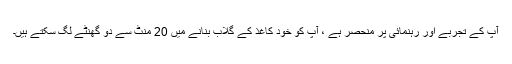
آپ کے تجربے اور رہنمائی پر منحصر ہے ، آپ کو خود کاغذ کے گلاب بنانے میں 20 منٹ سے دو گھنٹے لگ سکتے ہیں۔